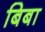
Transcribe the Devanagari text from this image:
बिबा